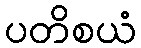
ပတိစယံ